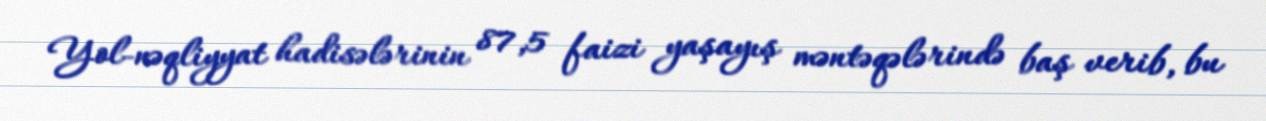
Yol-nəqliyyat hadisələrinin 87,5 faizi yaşayış məntəqələrində baş verib, bu